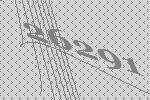
26291